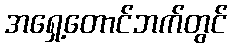
အရှေ့တောင်ဘက်တွင်